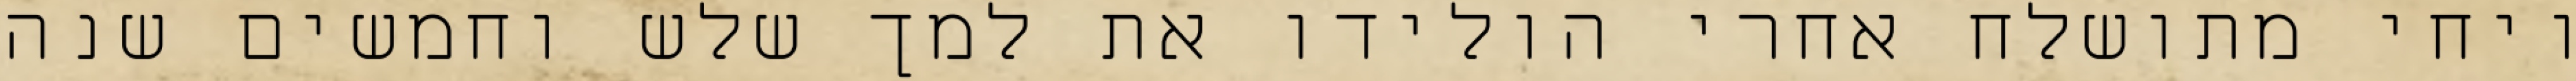
ויחי מתושלח אחרי הולידו את למך שלש וחמשים שנה